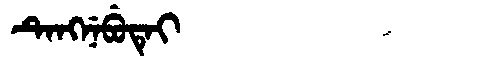
Manchu: ᡨᡝᠩᠨᡝᠪᡠᡨᡝᡳ
Romanization: TENGNEBUTEI